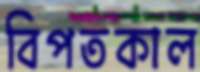
বিপতকাল